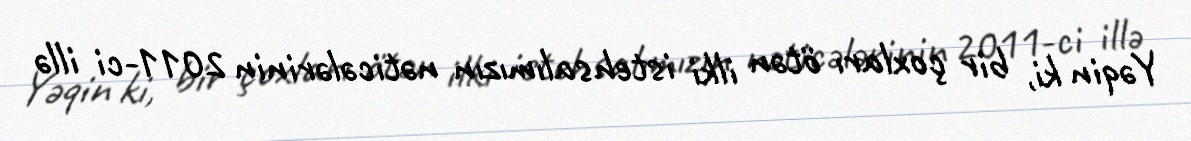
Yəqin ki, bir çoxları ötən ilki istehsalımızın nəticələrinin 2011-ci illə